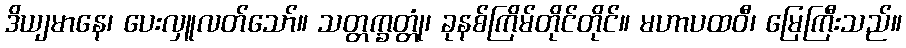
ဒိယျမာနေ၊ ပေးလှူလတ်သော်။ သတ္တက္ခတ္တုံ၊ ခုနစ်ကြိမ်တိုင်တိုင်။ မဟာပထဝီ၊ မြေကြီးသည်။